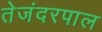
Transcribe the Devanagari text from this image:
तेजंदरपाल